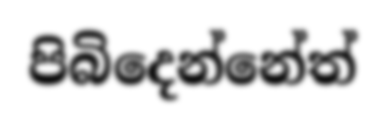
පිබිදෙන්නේත්